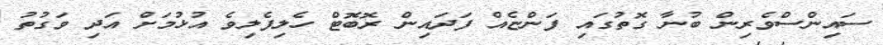
ސައިންސްވެރިން ބުނާ ގޮތުގައި ފަންޏެއް ފަދައިން ރޮބޮޓް ހެލިފެލިވެ އުޅުމަށް އަދި ވަގުތު